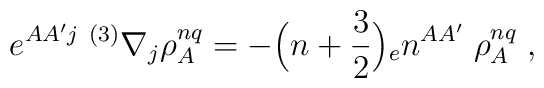
e^{AA'j} \; { }^{(3)}\nabla_{j}\rho_{A}^{nq}=-\Bigr(n+{3\over 2}\Bigr){_{e}n^{AA'}} \; \rho_{A}^{nq} \; ,